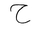
Letter: _ha